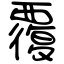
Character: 覆